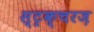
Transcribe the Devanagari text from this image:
स्ट्रक्चरज़